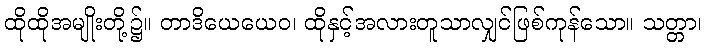
ထိုထိုအမျိုးတို့၌။ တာဒိယေယေဝ၊ ထိုနှင့်အလားတူသာလျှင်ဖြစ်ကုန်သော။ သတ္တာ၊